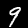
Label: 9